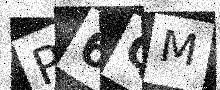
Text: P6QM